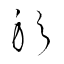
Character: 躬